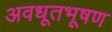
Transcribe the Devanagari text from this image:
अवधूतभूषण